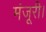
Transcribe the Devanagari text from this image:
मंजूरी।